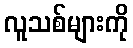
လူသစ်များကို